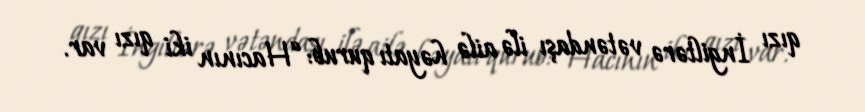
qızı İngiltərə vətəndaşı ilə ailə həyatı qurub: “Hacının iki qızı var.